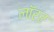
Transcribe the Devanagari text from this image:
लॉरर